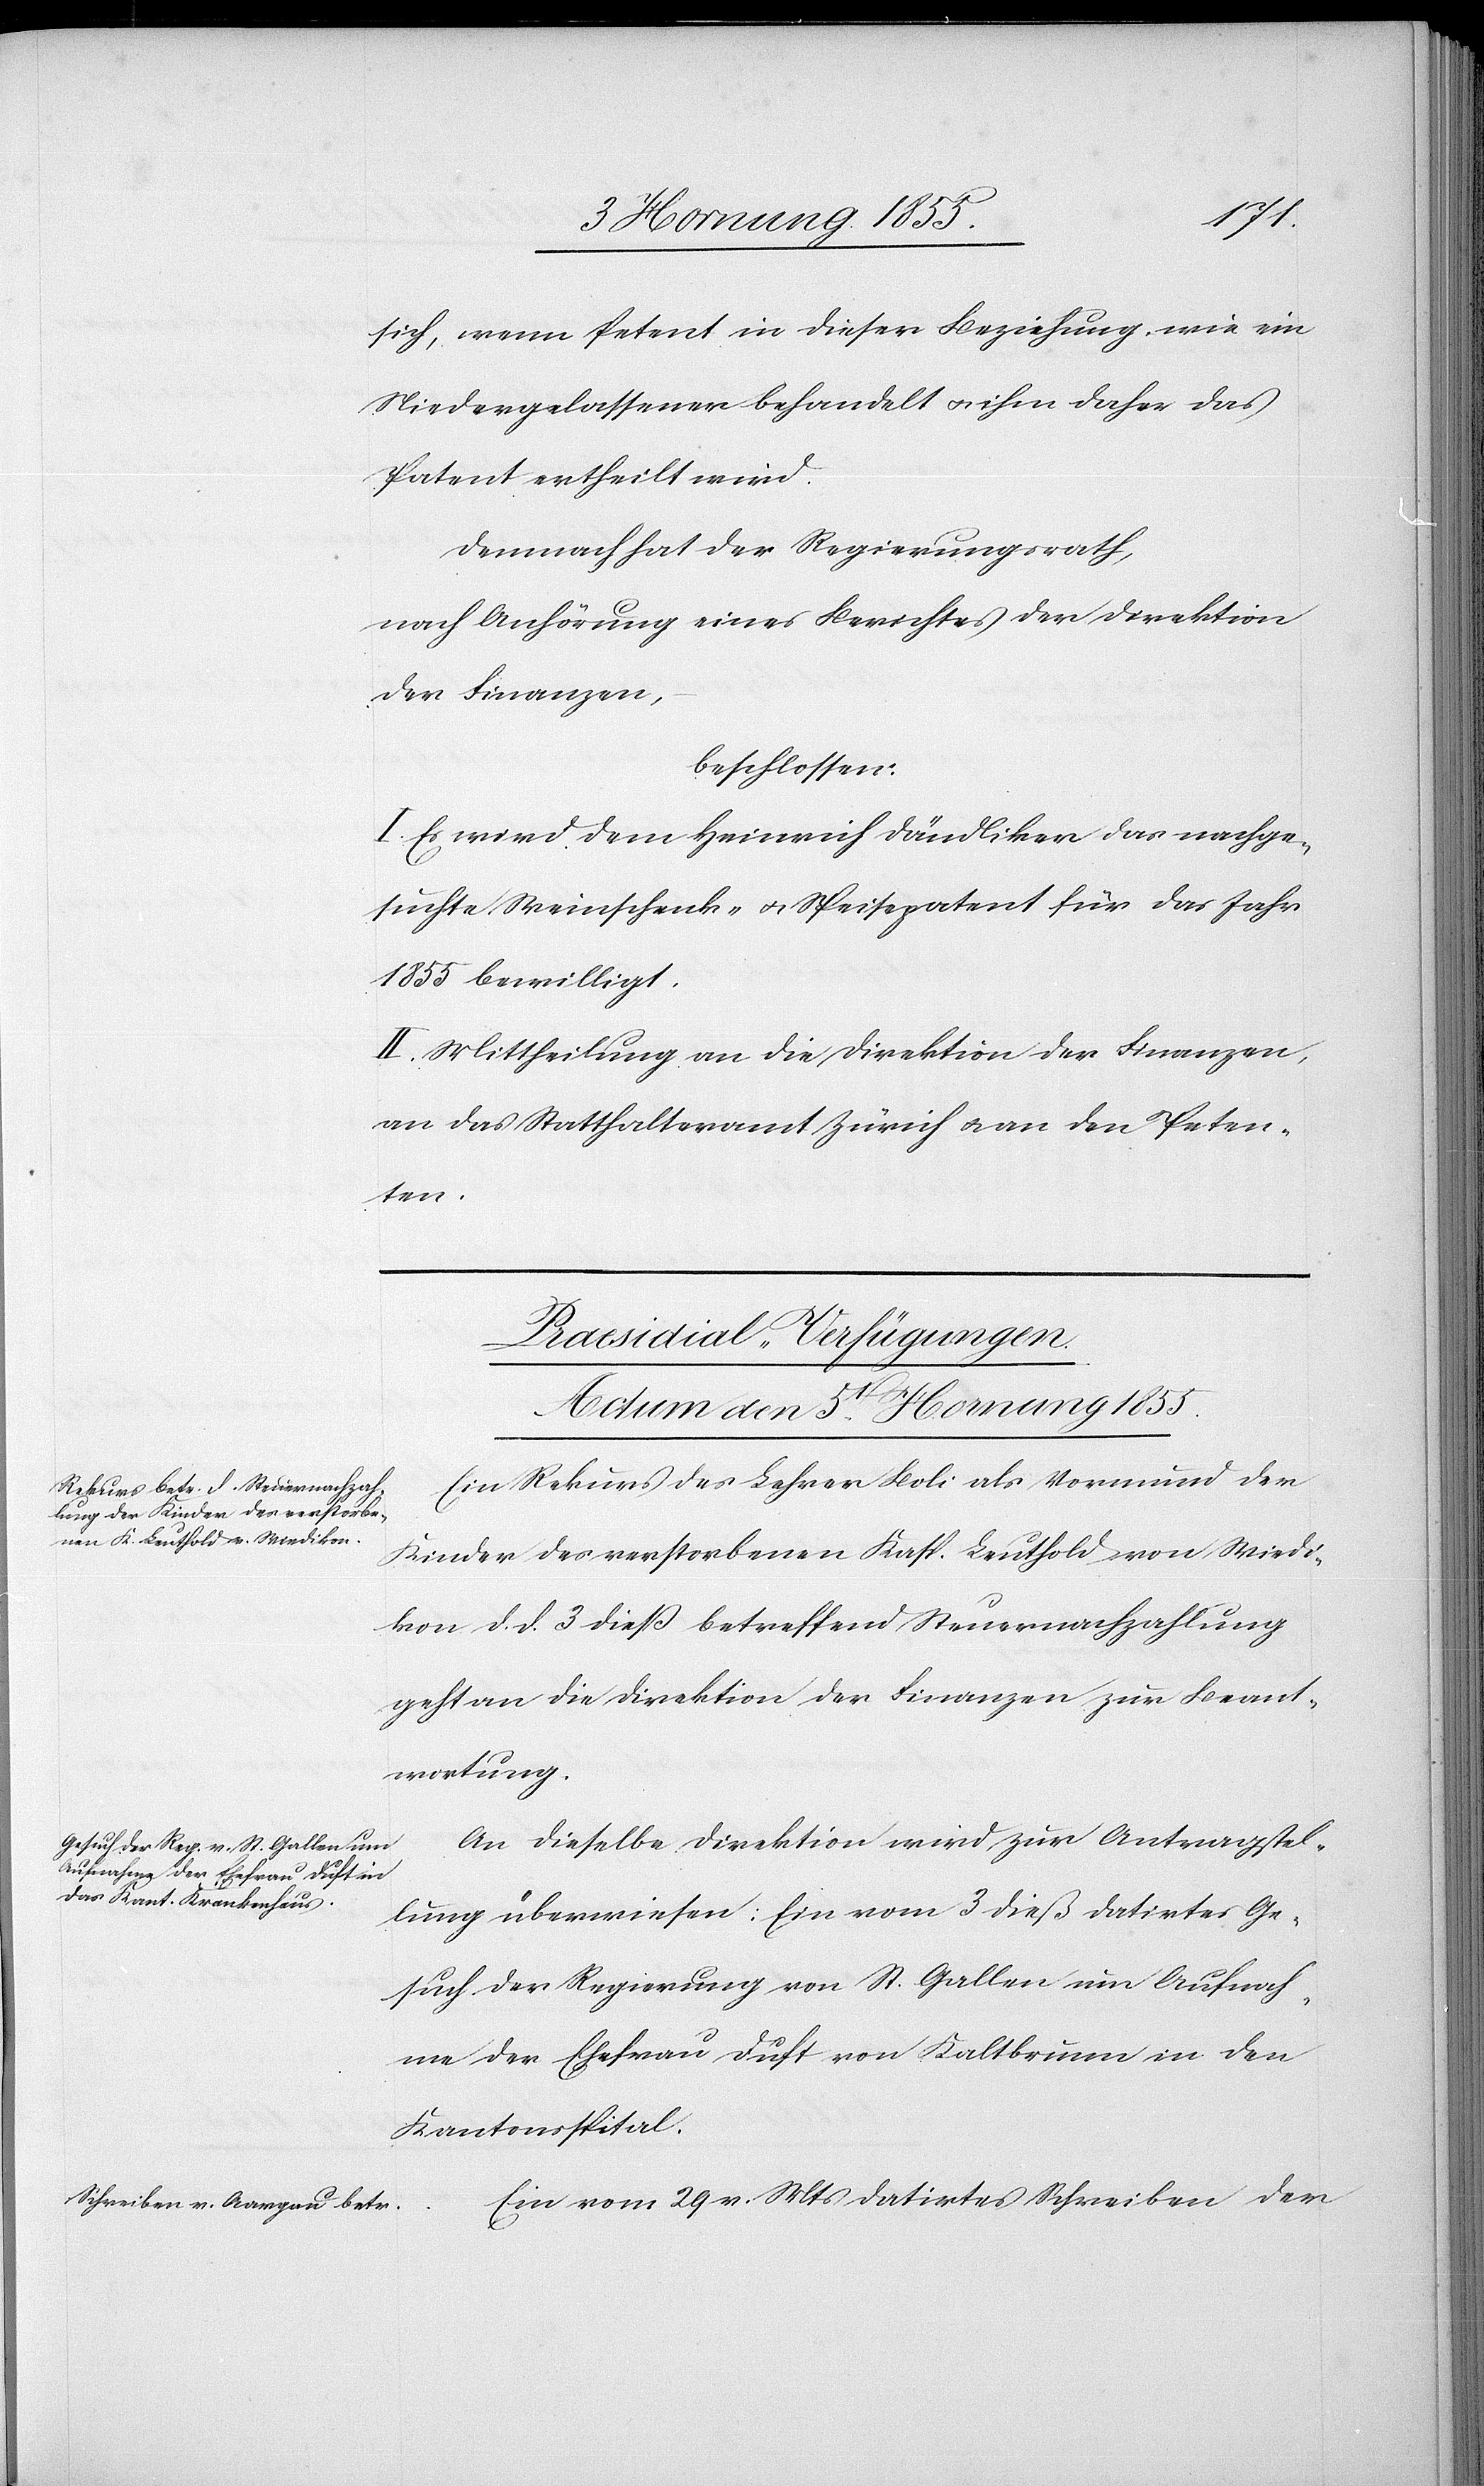
sich, wenn Petent in dieser Beziehung wie ein
Niedergelassener behandelt & ihm daher das
Patent ertheilt wird.
Demnach hat der Regierungsrath,
nach Anhörung eines Berichtes der Direktion
der Finanzen,
beschlossen:
I. Es wird dem Heinrich Dändliker das nachge¬
suchte Weinschenk- & Speisepatent für das Jahr
1855 bewilligt.
II. Mittheilung an die Direktion der Finanzen,
an das Statthalteramt Zürich & an den Peten¬
ten.
[Praesidial-Verfügungen.
Actum den 5t[en] Hornung 1855.]
Ein Rekurs des Lehrer Boli als Vormund der
Kinder des verstorbenen Kasp. Leuthold von Wiedi¬
kon d. d. 3 dieß betreffend Steuernachzahlung
geht an die Direktion der Finanzen zur Beant¬
wortung.
An dieselbe Direktion wird zur Antragstel¬
lung überwiesen: Ein vom 3 dieß datirtes Ge¬
such der Regierung von St. Gallen um Aufnah¬
me der Ehefrau Duft von Kaltbrunn in den
Kantonsspital.
Ein vom 29 v. Mts datirtes Schreiben der